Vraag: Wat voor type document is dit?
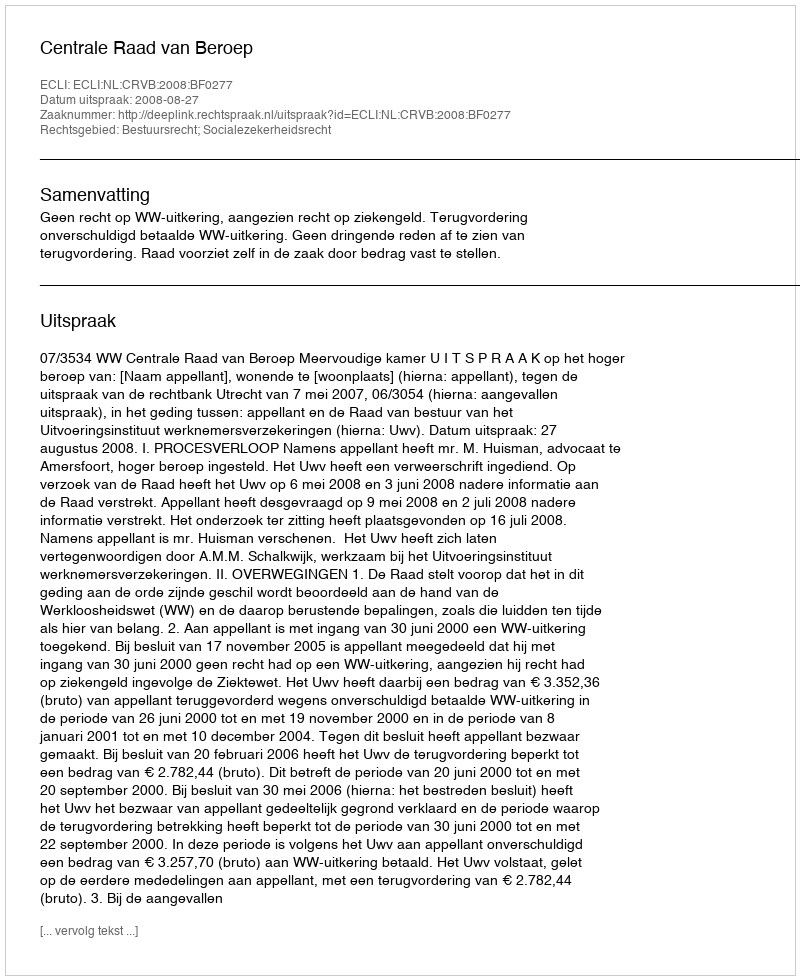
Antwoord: Uitspraak